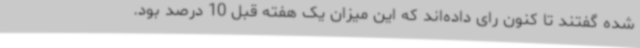
شده گفتند تا کنون رای داده‌اند که این میزان یک هفته قبل 10 درصد بود.